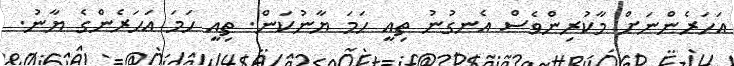
އަހަރެންނަށް މާކުރިންވެސް އެނގުނު ތިއީ ހަމަ ޔާނުކަން. ތިއީ ހަމަ އަހަރެންގެ ޔާނު.